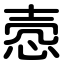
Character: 悫